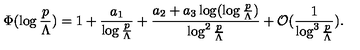
\Phi ( \log \frac { p } { \Lambda } ) = 1 + \frac { a _ { 1 } } { \log \frac { p } { \Lambda } } + \frac { a _ { 2 } + a _ { 3 } \log ( \log \frac { p } { \Lambda } ) } { \log ^ { 2 } \frac { p } { \Lambda } } + \mathcal { O } ( \frac { 1 } { \log ^ { 3 } \frac { p } { \Lambda } } ) .